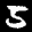
Label: 5